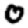
Digit: 0